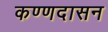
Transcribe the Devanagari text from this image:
कण्णदासन